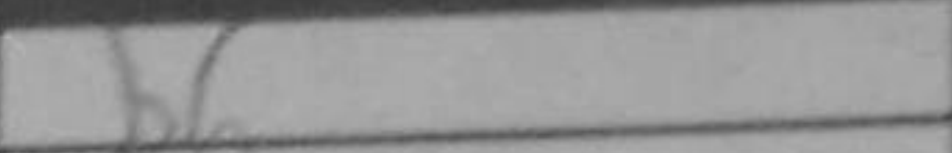
Transcription: b6